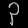
Digit: ၃